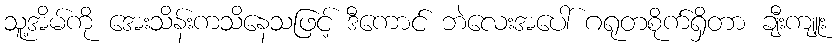
သူ့အိမ်ကို အေးသိန်းကသိနေသဖြင့် ဒီကောင် ဘဲလေးအပေါ် ဂရုတစိုက်ရှိတာ ချီးကျူး